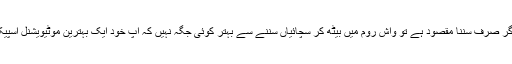
لیکن اگر صرف سننا مقصود ہے تو واش روم میں بیٹھ کر سچائیاں سننے سے بہتر کوئی جگہ نہیں کہ آپ خود ایک بہترین موٹیویشنل اسپیکر ہیں۔